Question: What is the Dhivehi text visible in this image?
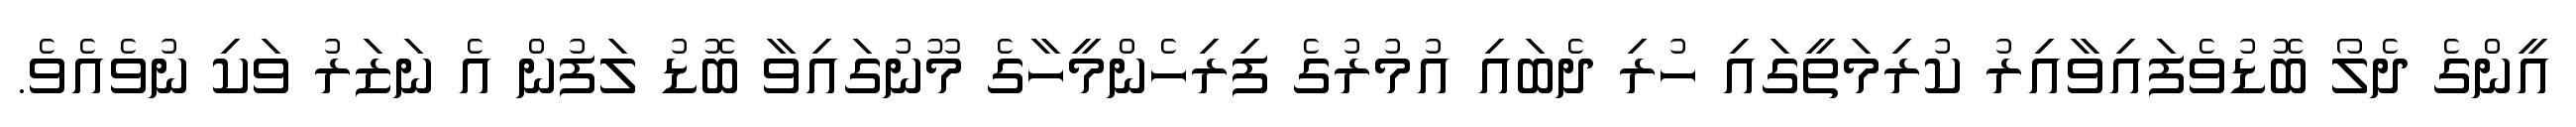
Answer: އީންގެ ދެލޯ ބޮޑުވެފައިވާއިރު ކުރިމަތީގައި ހުރި ދެބައި އުމުރުގެ ފިރިހެންމީހާގެ މޫނުގައިވާ ބޮޑު ލަފުން އެ ނަޒަރު ވަކި ނުވެއެވެ.